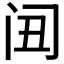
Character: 𲈸